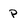
Character: P